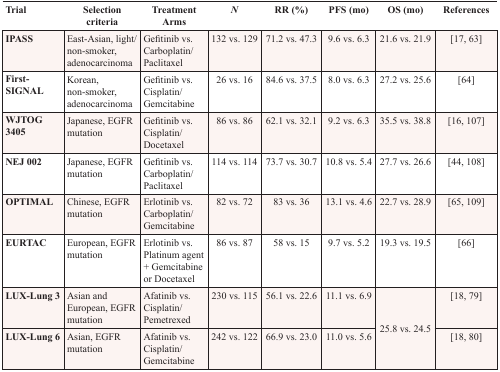
<table><thead><tr><td><b>Trial</b></td><td><b>Selection criteria</b></td><td><b>Treatment Arms</b></td><td><b><i>N</i></b></td><td><b>RR (%)</b></td><td><b>PFS (mo)</b></td><td><b>OS (mo)</b></td><td><b>References</b></td></tr></thead><tbody><tr><td><b>IPASS</b></td><td>East-Asian, light/ non-smoker, adenocarcinoma</td><td>Gefitinib vs. Carboplatin/Paclitaxel</td><td>132 vs. 129</td><td>71.2 vs. 47.3</td><td>9.6 vs. 6.3</td><td>21.6 vs. 21.9</td><td>[17, 63]</td></tr><tr><td><b>First-SIGNAL</b></td><td>Korean, non-smoker, adenocarcinoma</td><td>Gefitinib vs. Cisplatin/Gemcitabine</td><td>26 vs. 16</td><td>84.6 vs. 37.5</td><td>8.0 vs. 6.3</td><td>27.2 vs. 25.6</td><td>[64]</td></tr><tr><td><b>WJTOG 3405</b></td><td>Japanese, EGFR mutation</td><td>Gefitinib vs. Cisplatin/Docetaxel</td><td>86 vs. 86</td><td>62.1 vs. 32.1</td><td>9.2 vs. 6.3</td><td>35.5 vs. 38.8</td><td>[16, 107]</td></tr><tr><td><b>NEJ 002</b></td><td>Japanese, EGFR mutation</td><td>Gefitinib vs. Carboplatin/Paclitaxel</td><td>114 vs. 114</td><td>73.7 vs. 30.7</td><td>10.8 vs. 5.4</td><td>27.7 vs. 26.6</td><td>[44, 108]</td></tr><tr><td><b>OPTIMAL</b></td><td>Chinese, EGFR mutation</td><td>Erlotinib vs. Carboplatin/Gemcitabine</td><td>82 vs. 72</td><td>83 vs. 36</td><td>13.1 vs. 4.6</td><td>22.7 vs. 28.9</td><td>[65, 109]</td></tr><tr><td><b>EURTAC</b></td><td>European, EGFR mutation</td><td>Erlotinib vs. Platinum agent + Gemcitabine or Docetaxel</td><td>86 vs. 87</td><td>58 vs. 15</td><td>9.7 vs. 5.2</td><td>19.3 vs. 19.5</td><td>[66]</td></tr><tr><td><b>LUX-Lung 3</b></td><td>Asian and European, EGFR mutation</td><td>Afatinib vs. Cisplatin/Pemetrexed</td><td>230 vs. 115</td><td>56.1 vs. 22.6</td><td>11.1 vs. 6.9</td><td rowspan="2">25.8 vs. 24.5</td><td>[18, 79]</td></tr><tr><td><b>LUX-Lung 6</b></td><td>Asian, EGFR mutation</td><td>Afatinib vs. Cisplatin/Gemcitabine</td><td>242 vs. 122</td><td>66.9 vs. 23.0</td><td>11.0 vs. 5.6</td><td>[18, 80]</td></tr></tbody></table>